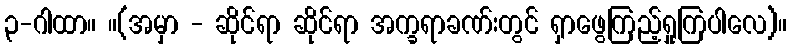
၃-ဂါထာ။ ။(အမှာ - ဆိုင်ရာ ဆိုင်ရာ အက္ခရာခဏ်းတွင် ရှာဖွေကြည့်ရှုကြပါလေ)။